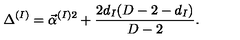
\Delta ^ { ( I ) } = \vec { \alpha } ^ { ( I ) 2 } + { \frac { 2 d _ { I } ( D - 2 - d _ { I } ) } { D - 2 } } .